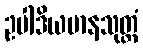
ဥပါဒိယမာနသုတ္တံ